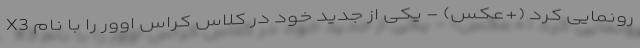
X3 رونمایی کرد (+عکس) - یکی از جدید خود در کلاس کراس اوور را با نام